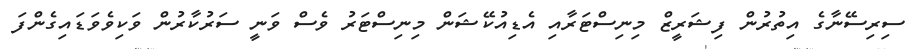
ސިރިސޭނާގެ އިތުރުން ފިޝަރީޒް މިނިސްޓަރާއި އެޑިއުކޭޝަން މިނިސްޓަރު ވެސް ވަނީ ސަރުކާރުން ވަކިވެވަޑައިގެންފަ